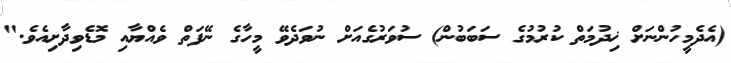
(އެދެމީހުންނަށް ޚިދުމަތް ކުރުމުގެ ސަބަބުން) ސުވަރުގެއަށް ނުވަދެވޭ މީހާގެ ނޭފަތް ވެއްޔާއި މޮޑެވިދާށިއެވެ."